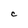
Character: c